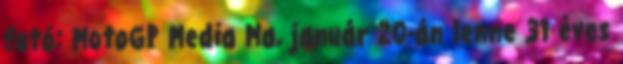
fotó: MotoGP Media Ma, január 20-án lenne 31 éves